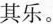
其乐。